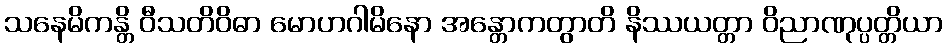
သနေမိကန္တိ ဝီသတိဝိဓာ မောဟဂါမိနော အန္တောကတွာတိ နိဿယတ္တာ ဝိညာဏုပ္ပတ္တိယာ